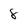
Character: 8